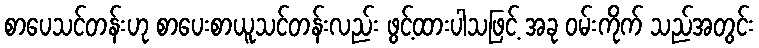
စာပေသင်တန်းဟု စာပေးစာယူသင်တန်းလည်း ဖွင့်ထားပါသဖြင့် အခု ဝမ်းကိုက် သည်အတွင်း